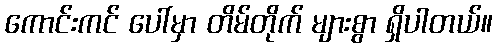
ကောင်းကင် ပေါ်မှာ တိမ်တိုက် များစွာ ရှိပါတယ်။